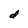
Character: d